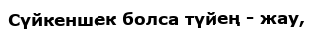
Сүйкеншек болса түйең - жау,